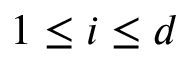
1 \leq i \leq d